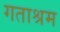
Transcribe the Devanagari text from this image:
गताश्रम